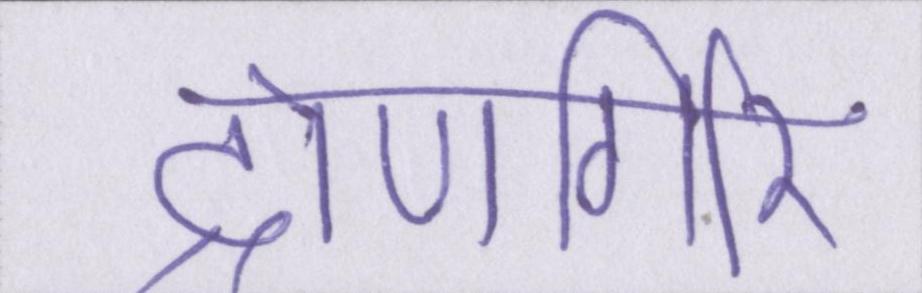
द्रोणगिरि